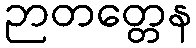
ဉာတတ္တေန